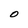
Character: O